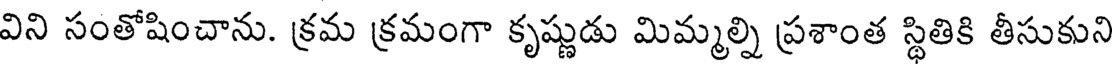
విని సంతోషించాను. క్రమ క్రమంగా కృష్ణుడు మిమ్మల్ని ప్రశాంత స్థితికి తీసుకుని